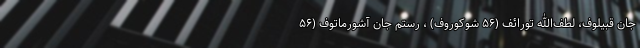
‌جان قبیلوف، لطف‌الله تورائف (۵۶ شوکوروف) ، رستم ‌جان آشورماتوف (۵۶